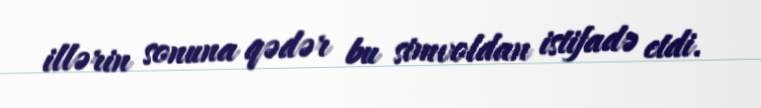
illərin sonuna qədər bu simvoldan istifadə etdi.